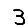
Digit: 3